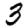
Digit: 3